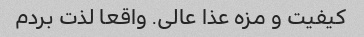
کیفیت و مزه عذا عالی. واقعا لذت بردم